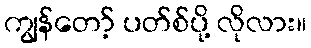
ကျွန်တော့် ပတ်စ်ပို့ လိုလား။